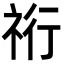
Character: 𮁴